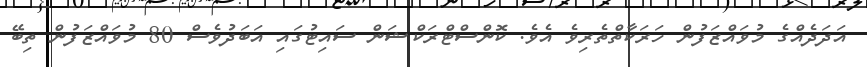
އަދަދެއްގެ މުވައްޒަފުން ހަރަކާތްތެރިވެ އެވެ. ކޮންސްޓްރަކްޝަން ސައިޓުގައި އަބަދުވެސް 80 މުވައްޒަފުން ތިބޭ